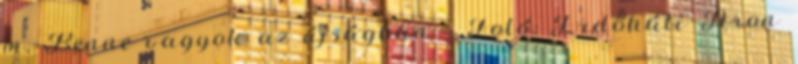
m. Benne vagyok az újságban - Fotó: Erdőháti Áron